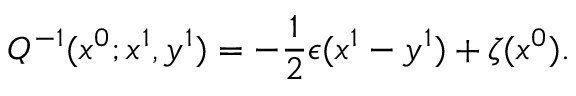
Q ^ { - 1 } ( x ^ { 0 } ; x ^ { 1 } , y ^ { 1 } ) = - \frac { 1 } { 2 } \epsilon ( x ^ { 1 } - y ^ { 1 } ) + \zeta ( x ^ { 0 } ) .